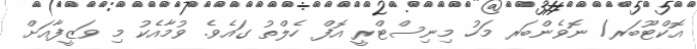
އޮކްޓޫބަރ/ ނޮވެންބަރ މަހު މިނިސްޓްރީ އޮފް ހެލްތު ގައެވެ. ވުމާއެކު މި ވަޒީފާއަށް